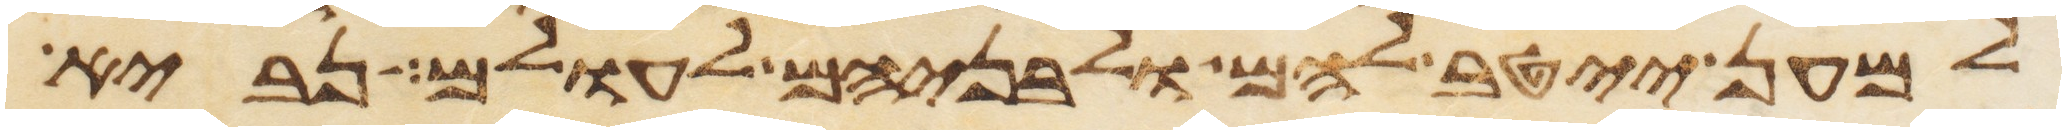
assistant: למען ייטב להם ולבניהם לעולם נביא